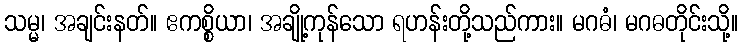
သမ္မ၊ အချင်းနတ်။ ဧကစ္စိယာ၊ အချို့ကုန်သော ရဟန်းတို့သည်ကား။ မဂဓံ၊ မဂဓတိုင်းသို့။